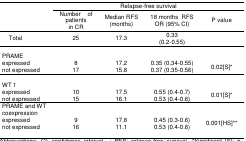
| <ROWSPAN=3>  | <COLSPAN=4> Relapse-free survival |
 | Number of patients in CR | Median RFS (months) | 18 months RFS OR (95% CI) | P value |
 | --- | --- | --- | --- | --- |
 | Total | 25 | 17.3 | 0.33 (0.2-0.55) |  |
 | PRAME expressed | 8 | 17.2 | 0.35 (0.34-0.55) | <ROWSPAN=2> 0.02[S]* |
 | not expressed | 17 | 15.8 | 0.37 (0.35-0.56) |
 | WT 1 expressed | 10 | 17.5 | 0.55 (0.4-0.7) | <ROWSPAN=2> 0.01[S]* |
 | not expressed | 15 | 16.1 | 0.53 (0.4-0.6) |
 | PRAME and WT coexpression expressed | 9 | 17.8 | 0.45 (0.3-0.6) | <ROWSPAN=2> 0.001[HS]** |
 | not expressed | 16 | 11.1 | 0.53 (0.4-0.6) |